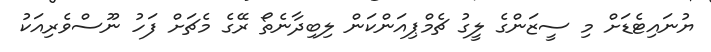
ޔުނައިޓެޑަށް މި ސީޒަންގެ ލީގު ޗެމްޕިއަންކަން ލިބިދާނެތޯ ރޭގެ މެޗަށް ފަހު ނޫސްވެރިއަކު